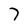
Character: 7